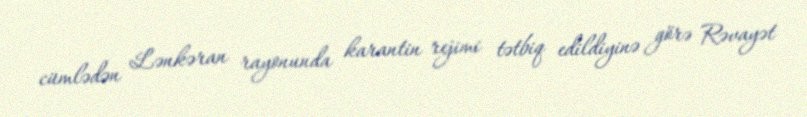
cümlədən Lənkəran rayonunda karantin rejimi tətbiq edildiyinə görə Rəvayət